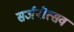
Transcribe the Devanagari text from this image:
सर्जनोत्सव